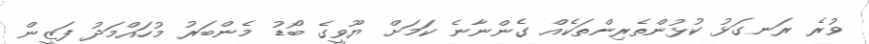
ވުރެ ރަނގަޅު ކުޅުންތެރިންތަކެއް ގެންނާނެ ކަމަށް ޔޫވީގެ ބޯޑު މެންބަރު މުހައްމަދު ފަޒީން